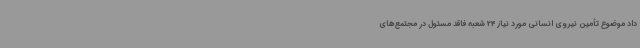
داد موضوع تأمین نیروی انسانی مورد نیاز 24 شعبه فاقد مسئول در مجتمع‌های